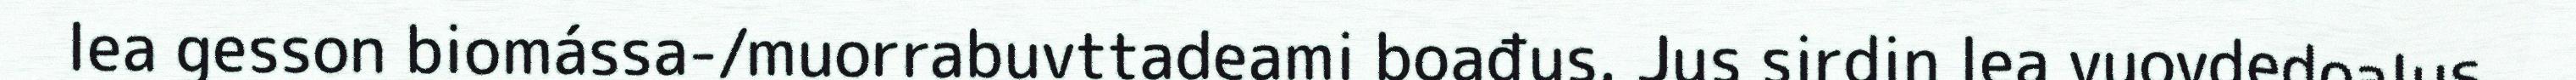
lea gesson biomássa-/muorrabuvttadeami boađus. Jus sirdin lea vuovdedoalus,